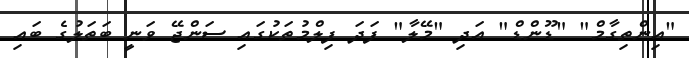
"އިންތިގާމް" "ޑޫންޑް" އަދި "މޭލާ" ފަދަ ފިލްމުތަކުގައި ސަންޖޭ ވަނީ ބަތަލުގެ ބައި